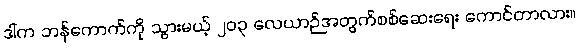
ဒါက ဘန်ကောက်ကို သွားမယ့် ၂၀၃ လေယာဉ်အတွက်စစ်ဆေးရေး ကောင်တာလား။